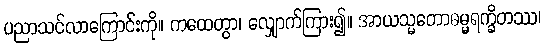
ပညာသင်လာကြောင်းကို။ ကထေတွာ၊ လျှောက်ကြား၍။ အာယသ္မတောဓမ္မရက္ခိတဿ၊